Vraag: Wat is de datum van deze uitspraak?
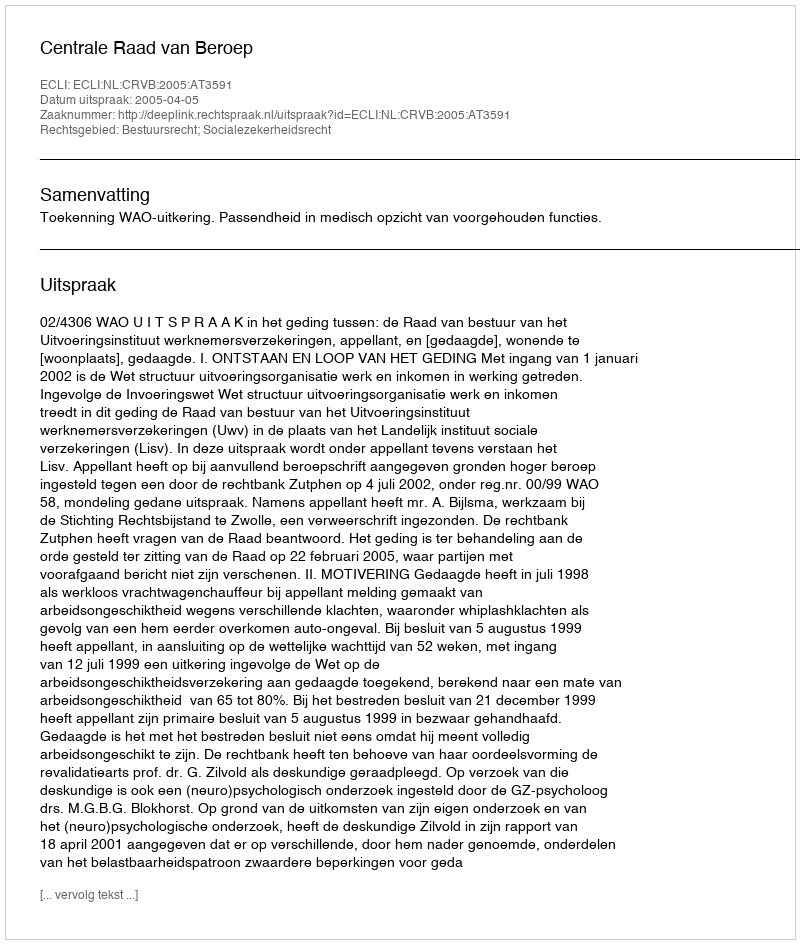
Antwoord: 2005-04-05